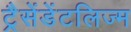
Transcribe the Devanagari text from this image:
ट्रैसेंडेंटलिज्म